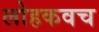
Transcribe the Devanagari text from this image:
लोहकवच